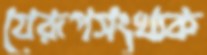
যেরূপসংখ্যক